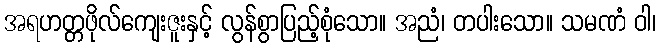
အရဟတ္တဖိုလ်ကျေးဇူးနှင့် လွန်စွာပြည့်စုံသော။ အညံ၊ တပါးသော။ သမဏံ ဝါ၊